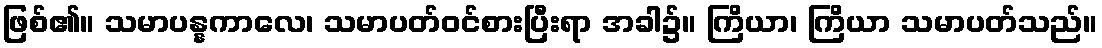
ဖြစ်၏။ သမာပန္နကာလေ၊ သမာပတ်ဝင်စားပြီးရာ အခါ၌။ ကြိယာ၊ ကြိယာ သမာပတ်သည်။